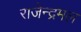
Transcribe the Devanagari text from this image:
राजेन्द्रमल